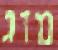
מזג